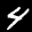
Label: 4